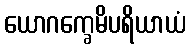
ယောဂက္ခေမိပရိယာယံ